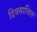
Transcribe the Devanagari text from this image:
दिवसातिल